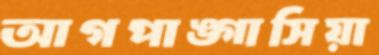
আগপাঙ্গাসিয়া